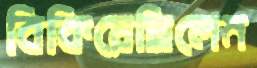
বিকিয়েছিলেম